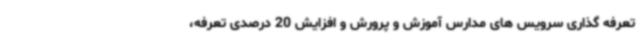
تعرفه گذاری سرویس های مدارس آموزش و پرورش و افزایش 20 درصدی تعرفه،